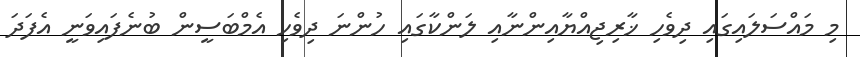
މި މައްސަލައިގައި ދިވެހި ޚާރިޖިއްޔާއިންނާއި ލަންކާގައި ހުންނަ ދިވެހި އެމްބަސީން ބުނެފައިވަނީ އެފަދަ